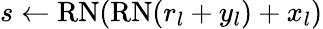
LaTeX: s\gets\mathrm{RN}(\mathrm{RN}(r_{l}+y_{l})+x_{l})